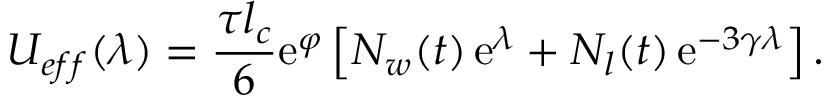
U _ { e f f } ( \lambda ) = \frac { \tau l _ { c } } { 6 } \mathrm { e } ^ { \varphi } \left[ N _ { w } ( t ) \, \mathrm { e } ^ { \lambda } + N _ { l } ( t ) \, \mathrm { e } ^ { - 3 \gamma \lambda } \right] .